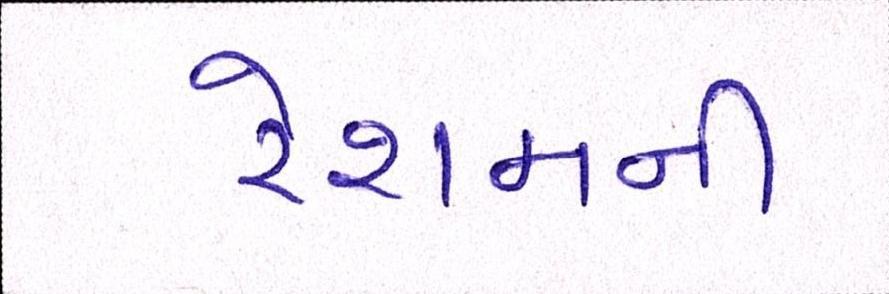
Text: રેશમની